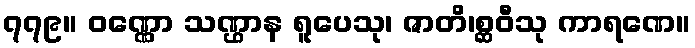
၇၇၉။ ဝဏ္ဏော သဏ္ဌာန ရူပေသု၊ ဇာတိ၊စ္ဆဝီသု ကာရဏေ။